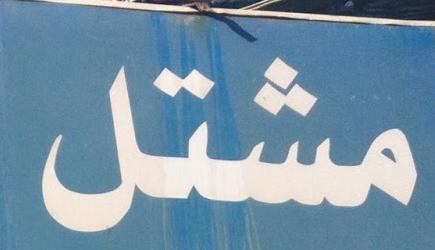
مشتل